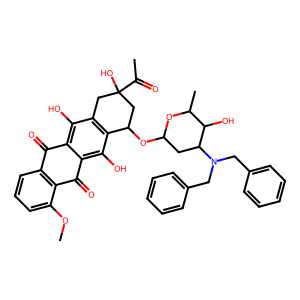
SMILES: COc1cccc2c1C(=O)c1c(O)c3c(c(O)c1C2=O)CC(O)(C(C)=O)CC3OC1CC(N(Cc2ccccc2)Cc2ccccc2)C(O)C(C)O1
Inhibits HIV replication: No